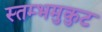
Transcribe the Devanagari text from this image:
स्तम्भमुकुट